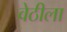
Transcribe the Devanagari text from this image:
वेठीला